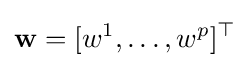
\mathbf {w} =[w^{1},\ldots ,w^{p}]^{\top }